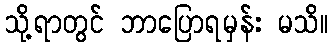
သို့ရာတွင် ဘာပြောရမှန်း မသိ။